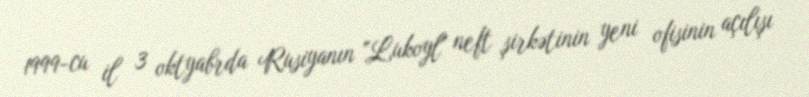
1999-cu il 3 oktyabrda Rusiyanın "Lukoyl" neft şirkətinin yeni ofisinin açılışı